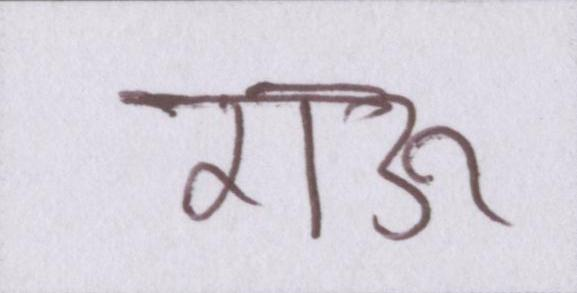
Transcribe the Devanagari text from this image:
राऊ